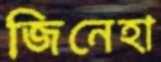
জিনেহা